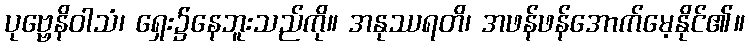
ပုဗ္ဗေနိဝါသံ၊ ရှေး၌နေဘူးသည်ကို။ အနုဿရတိ၊ အဖန်ဖန်အောက်မေ့နိုင်၏။